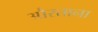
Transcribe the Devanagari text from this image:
औरताना